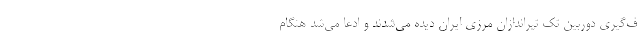
ف‌گیری دوربین تک تیراندازان مرزی ایران دیده می‌شدند و ادعا می‌شد هنگام